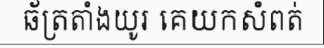
ឆ័ត្រតាំងយូរ គេយកសំពត់